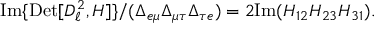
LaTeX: \mathrm { I m } \{ \mathrm { D e t } [ D _ { \ell } ^ { 2 } , H ] \} / ( \Delta _ { e \mu } \Delta _ { \mu \tau } \Delta _ { \tau e } ) = 2 \mathrm { I m } ( H _ { 1 2 } H _ { 2 3 } H _ { 3 1 } ) .